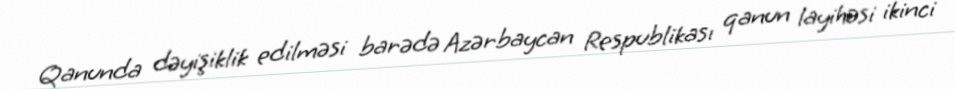
Qanunda dəyişiklik edilməsi barədə Azərbaycan Respublikası qanun layihəsi ikinci